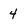
Character: 4